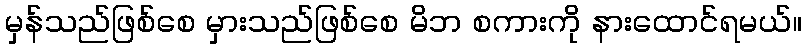
မှန်သည်ဖြစ်စေ မှားသည်ဖြစ်စေ မိဘ စကားကို နားထောင်ရမယ်။